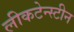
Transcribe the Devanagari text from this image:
लीकटेन्स्टीन